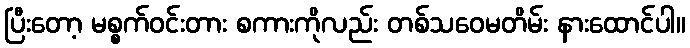
ပြီးတော့ မစ္စက်ဝင်းတား စကားကိုလည်း တစ်သဝေမတိမ်း နားထောင်ပါ။